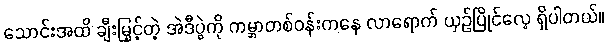
သောင်းအထိ ချီးမြှင့်တဲ့ အဲဒီပွဲကို ကမ္ဘာတစ်ဝန်းကနေ လာရောက် ယှဉ်ပြိုင်လေ့ ရှိပါတယ်။